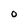
Character: O